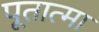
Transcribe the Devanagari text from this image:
पूतात्मा